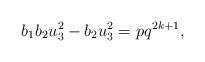
\begin{align*} b_{1}b_{2}u_{3}^{2} - b_{2}u_{3}^{2} = pq^{2k+1},\end{align*}